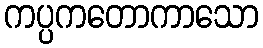
ကပ္ပကတောကာသော